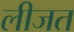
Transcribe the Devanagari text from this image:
लीजत